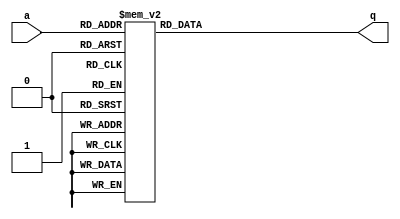
module top_module (
    input [2:0] a,
    output [15:0] q ); 
always@(*)begin
        case(a)
            0 : q <= 16'h1232;
            1 : q <= 16'haee0;
            2 : q <= 16'h27d4;
            3 : q <= 16'h5a0e;
            4 : q <= 16'h2066;
            5 : q <= 16'h64ce;
            6 : q <= 16'hc526;
            7 : q <= 16'h2f19;
        endcase end

endmodule